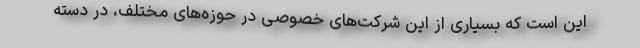
این است که بسیاری از این شرکت‌های خصوصی در حوزه‌های مختلف، در دسته